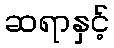
ဆရာနှင့်